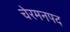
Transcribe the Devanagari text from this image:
चेरमनपद